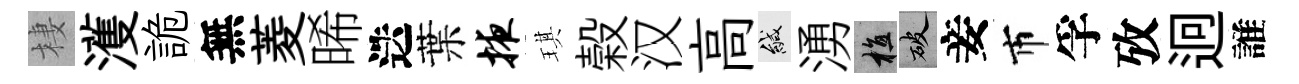
棲濩詭無菱晞迭葉掖琪榖汉高緘湧植破妾市孚攷迥誰